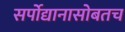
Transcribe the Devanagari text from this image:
सर्पोद्यानासोबतच